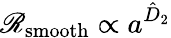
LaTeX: \mathscr{R}_{\mathrm{smooth}}\propto a^{\hat{D}_{2}}